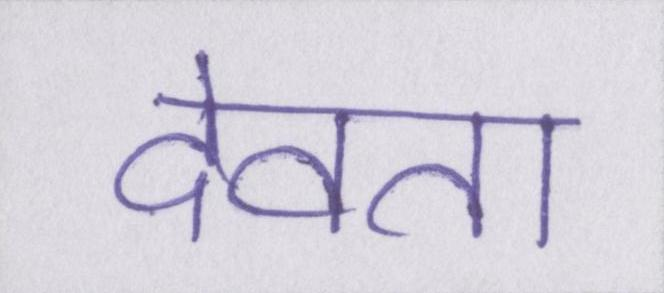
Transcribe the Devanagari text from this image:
देवता